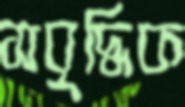
সবৃদ্ধিক